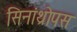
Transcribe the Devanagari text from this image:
सिनांथ्रोपस